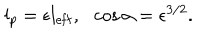
l _ { p } = \epsilon l _ { \mathrm { e f f } } , \ \ \cos \alpha = \epsilon ^ { 3 / 2 } .